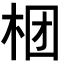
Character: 𣑝